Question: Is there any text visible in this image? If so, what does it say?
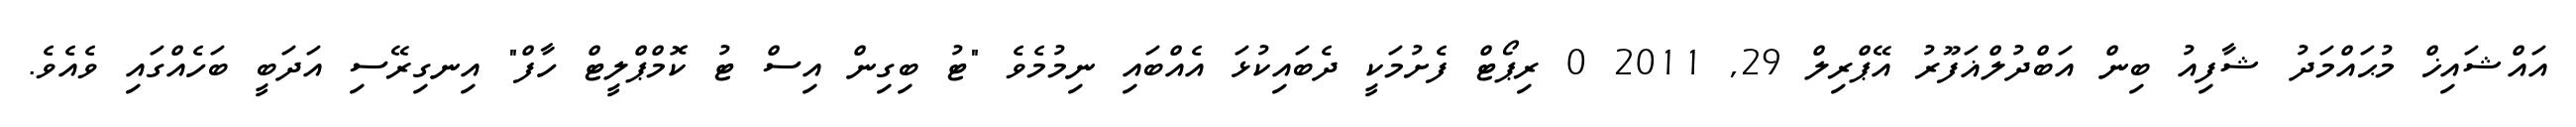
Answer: އައްޝައިޚް މުޙައްމަދު ޝާފިއު ބިން އަބްދުލްޣަފޫރު އޭޕްރިލް 29, 2011 0 ރިޕޯޓް ފެށުމަކީ ދެބައިކުޅަ އެއްބައި ނިމުމެވެ "ޓު ބިގިން އިސް ޓު ކޮމްޕްލީޓް ހާފް" އިނގިރޭސި އަދަބީ ބަހެއްގައި ވެއެވެ.